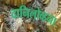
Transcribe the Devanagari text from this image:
दानिलोव्हना